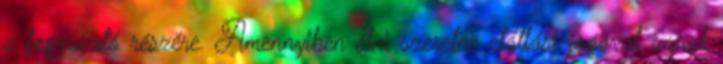
a fogyasztó részére. Amennyiben élni szeretne elállási jogával annak